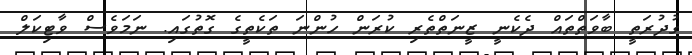
ގުދުރަތީ ބާވަތްތައް ދެކެނީ ޒީނަތްތެރި ކުރަން ހުންނަ ތަކެތީގެ ގޮތުގައި. ނަމަވެސް ވާޓިކަލް